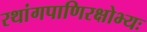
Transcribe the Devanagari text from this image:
रथांगपाणिरक्षोभ्यः